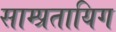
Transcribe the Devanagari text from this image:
साम्प्रतायिग